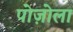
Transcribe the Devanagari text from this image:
पोज़ोला